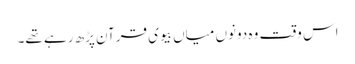
اس وقت وہ دونوں میاں بیوی قرآن پڑھ رہے تھے۔